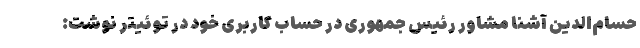
حسام‌الدین آشنا مشاور رئیس جمهوری در حساب کاربری خود در توئیتر نوشت: